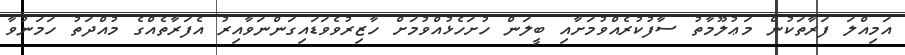
އަމިއްލަ ފަރާތަކުން މަޢުލޫމާތު ސާފުކުރެއްވުމަށާއި ބީލަން ހުށަހެޅުއްވުމަށް ހާޒިރުވެވަޑައިގަންނަވާއިރު އެފަރާތެއްގެ މުއްދަތު ހަމަނުވާ